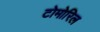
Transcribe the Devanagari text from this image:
टोमोरिल